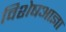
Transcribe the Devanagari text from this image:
विशेषआज्ञा